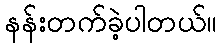
နန်းတက်ခဲ့ပါတယ်။